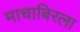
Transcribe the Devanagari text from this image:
माचाबिरला